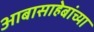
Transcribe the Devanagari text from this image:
आबासाहेबांच्या